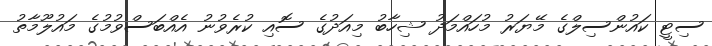
ސިޓީ ކައުންސިލްގެ މޭޔަރު މުހައްމަދު ޝިހާބު މިއަދުގެ ސޮއި ކުރެވުނު އެއްބަސްވުމުގެ މައުލޫމާތު